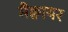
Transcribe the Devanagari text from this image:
मैक्वायर